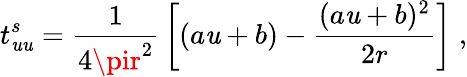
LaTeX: t_{\mathit{u}\mathit{u}}^{s}={\frac{{1}}{{4\pir^{2}}}}\left[(a\mathit{u}+b)-{\frac{{(a\mathit{u}+b)^{2}}}{{2r}}}\right]\; ,